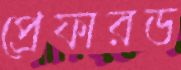
প্রেফারড